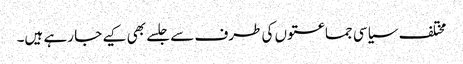
مختلف سیاسی جماعتوں کی طرف سے جلسے بھی کیے جا رہے ہیں۔